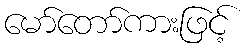
မော်တော်ကားဖြင့်